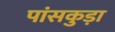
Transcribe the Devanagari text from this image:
पांसकुड़ा